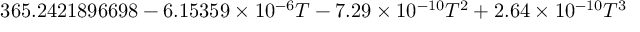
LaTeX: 3 6 5 . 2 4 2 1 8 9 6 6 9 8 - 6 . 1 5 3 5 9 \times 1 0 ^ { - 6 } T - 7 . 2 9 \times 1 0 ^ { - 1 0 } T ^ { 2 } + 2 . 6 4 \times 1 0 ^ { - 1 0 } T ^ { 3 }